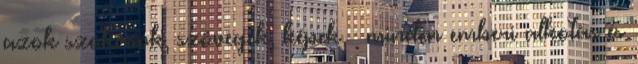
azok szokások, szövegek, képek – minden emberi alkotás és